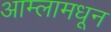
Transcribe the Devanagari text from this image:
आम्लामधून